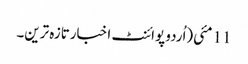
11 مئی(اُردو پوائنٹ اخبارتازہ ترین۔